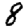
Digit: 8